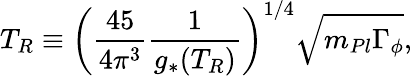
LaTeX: T_{R}\equiv\left(\frac{45}{4\pi^{3}}\frac{1}{g_{*}(T_{R})}\right)^{1/4}\sqrt{m_{Pl}\Gamma_{\phi}},